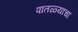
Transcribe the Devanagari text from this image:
पातळ्यांचा